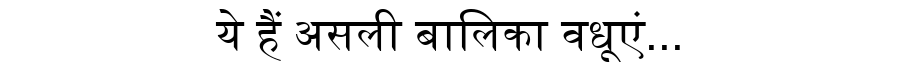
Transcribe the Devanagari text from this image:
ये हैं असली बालिका वधूएं...